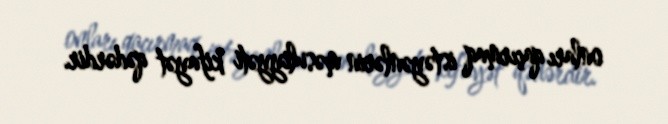
onları qaçırmaq istəyənlərin məsuliyyəti kifayət qədərdir.